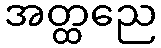
အတ္ထညေ